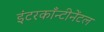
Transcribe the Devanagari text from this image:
इंटरकाँन्टीनेंटल